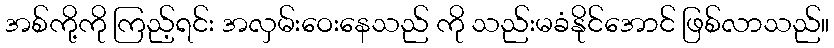
အစ်ကို့ကို ကြည့်ရင်း အလှမ်းဝေးနေသည် ကို သည်းမခံနိုင်အောင် ဖြစ်လာသည်။